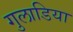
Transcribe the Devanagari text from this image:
गुलाडिया